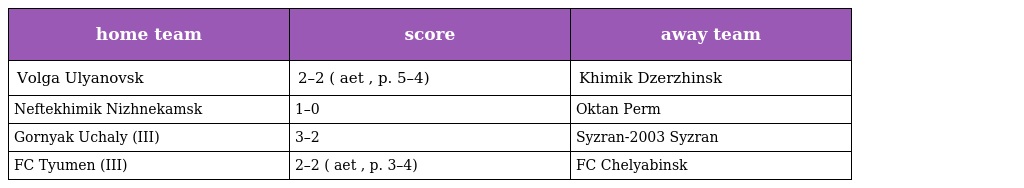
| home team | score | away team |
 | --- | --- | --- |
 | Volga Ulyanovsk | 2–2 ( aet , p. 5–4) | Khimik Dzerzhinsk |
 | Neftekhimik Nizhnekamsk | 1–0 | Oktan Perm |
 | Gornyak Uchaly (III) | 3–2 | Syzran-2003 Syzran |
 | FC Tyumen (III) | 2–2 ( aet , p. 3–4) | FC Chelyabinsk |